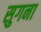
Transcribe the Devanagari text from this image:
सुगना